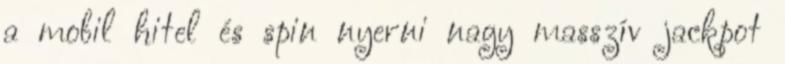
a mobil hitel és spin nyerni nagy masszív jackpot